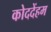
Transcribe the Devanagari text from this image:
कोददेंहम